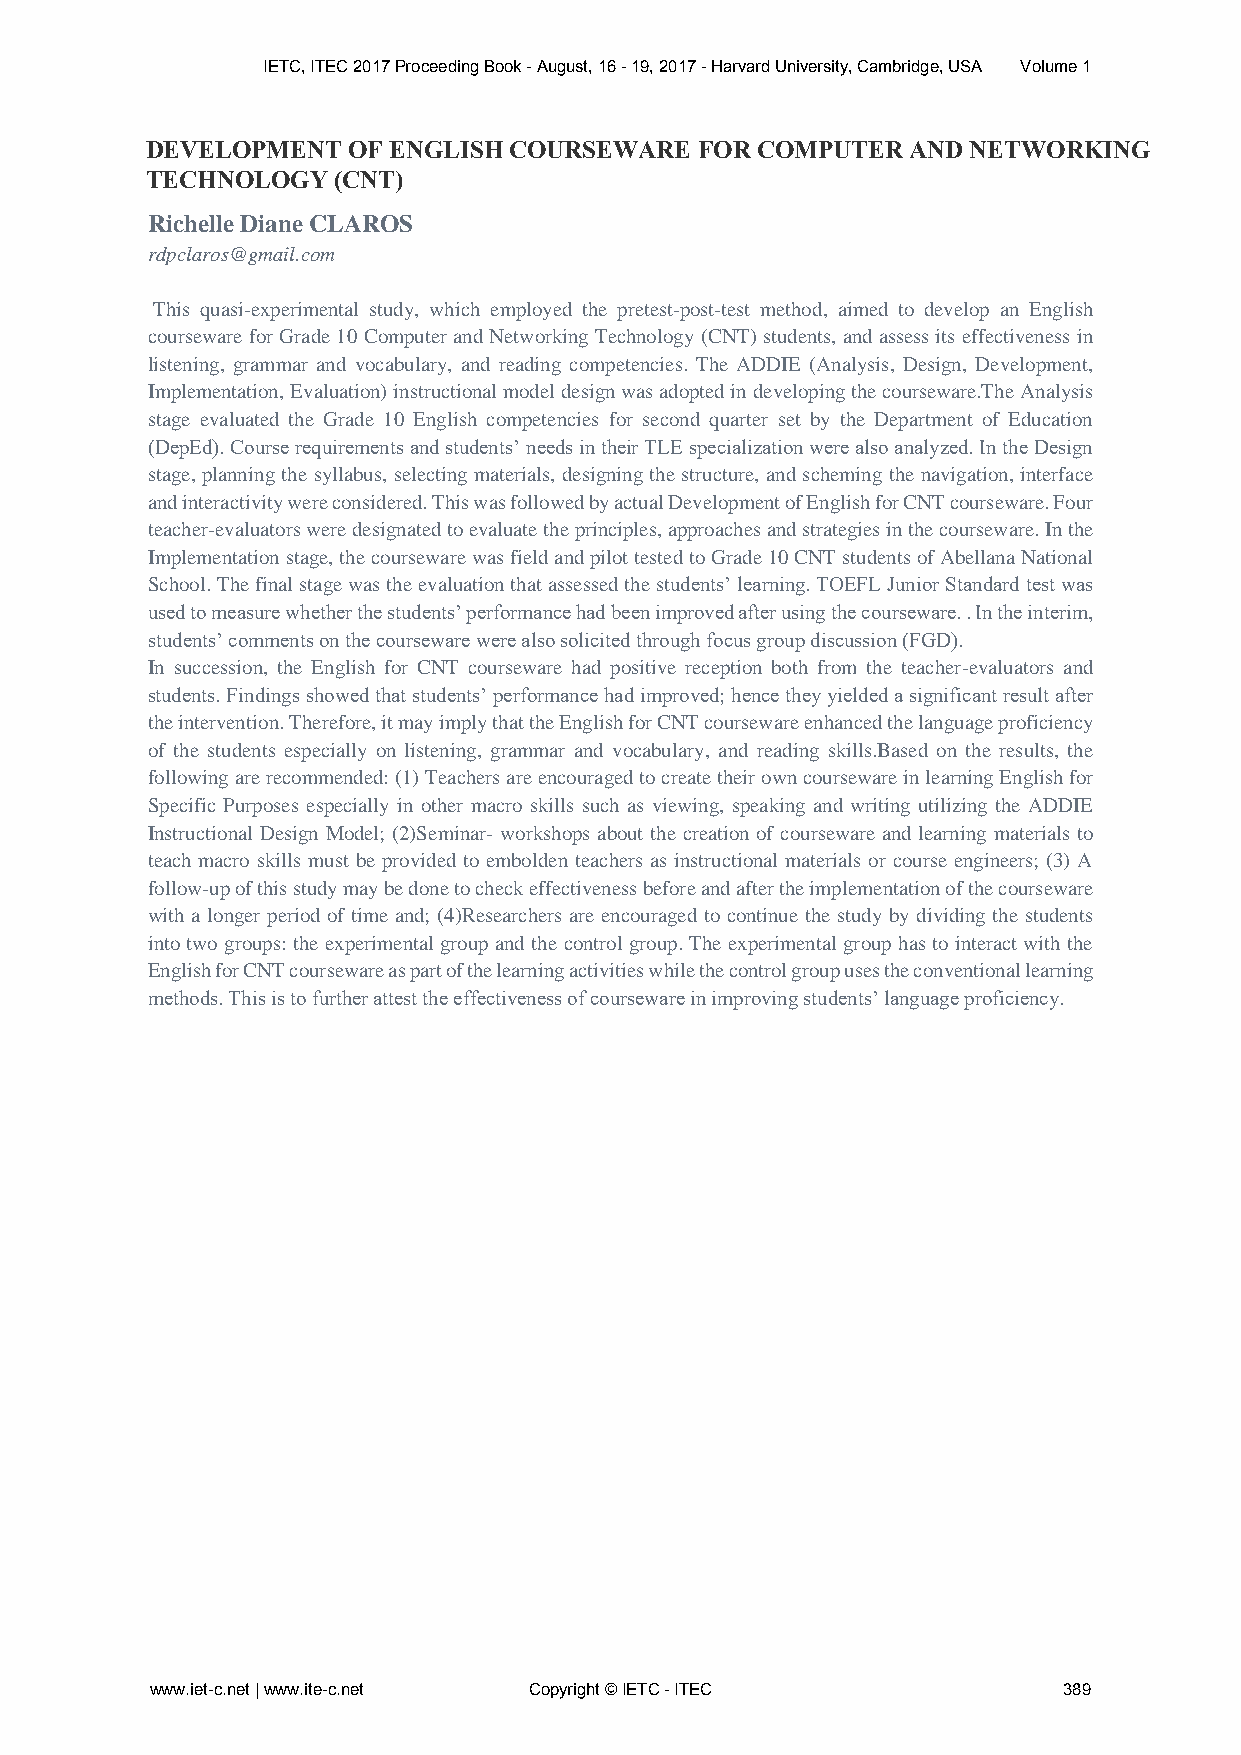
IETC, ITEC 2017 Proceeding Book - August, 16 - 19, 2017 - Harvard University, Cambridge, USA Volume 1
 DEVELOPMENT  OF ENGLISH COURSEWARE  FOR COMPUTER  AND NETWORKING
 TECHNOLOGY  (CNT)
 Richelle Diane CLAROS
 rdpclaros@gmail.com
 This quasi-experimental study, which employed the pretest-post-test method, aimed to develop an English
 courseware for Grade 10 Computer and Networking Technology (CNT) students, and assess its effectiveness in
 listening, grammar and vocabulary, and reading competencies. The ADDIE (Analysis, Design, Development,
 Implementation, Evaluation) instructional model design was adopted in developing the courseware.The Analysis
 stage evaluated the Grade 10 English competencies for second quarter set by the Department of Education
 (DepEd). Course requirements and students’ needs in their TLE specialization were also analyzed. In the Design
 stage, planning the syllabus, selecting materials, designing the structure, and scheming the navigation, interface
 and interactivity were considered. This was followed by actual Development of English for CNT courseware. Four
 teacher-evaluators were designated to evaluate the principles, approaches and strategies in the courseware. In the
 Implementation stage, the courseware was field and pilot tested to Grade 10 CNT students of Abellana National
 School. The final stage was the evaluation that assessed the students’ learning. TOEFL Junior Standard test was
 used to measure whether the students’ performance had been improved after using the courseware. . In the interim,
 students’ comments on the courseware were also solicited through focus group discussion (FGD).
 In succession, the English for CNT courseware had positive reception both from the teacher-evaluators and
 students. Findings showed that students’ performance had improved; hence they yielded a significant result after
 the intervention. Therefore, it may imply that the English for CNT courseware enhanced the language proficiency
 of the students especially on listening, grammar and vocabulary, and reading skills.Based on the results, the
 following are recommended: (1) Teachers are encouraged to create their own courseware in learning English for
 Specific Purposes especially in other macro skills such as viewing, speaking and writing utilizing the ADDIE
 Instructional Design Model; (2)Seminar- workshops about the creation of courseware and learning materials to
 teach macro skills must be provided to embolden teachers as instructional materials or course engineers; (3) A
 follow-up of this study may be done to check effectiveness before and after the implementation of the courseware
 with a longer period of time and; (4)Researchers are encouraged to continue the study by dividing the students
 into two groups: the experimental group and the control group. The experimental group has to interact with the
 English for CNT courseware as part of the learning activities while the control group uses the conventional learning
 methods. This is to further attest the effectiveness of courseware in improving students’ language proficiency.
 www.iet-c.net | www.ite-c.net Copyright © IETC - ITEC       389